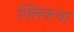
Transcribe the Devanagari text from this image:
फ्लिकचा